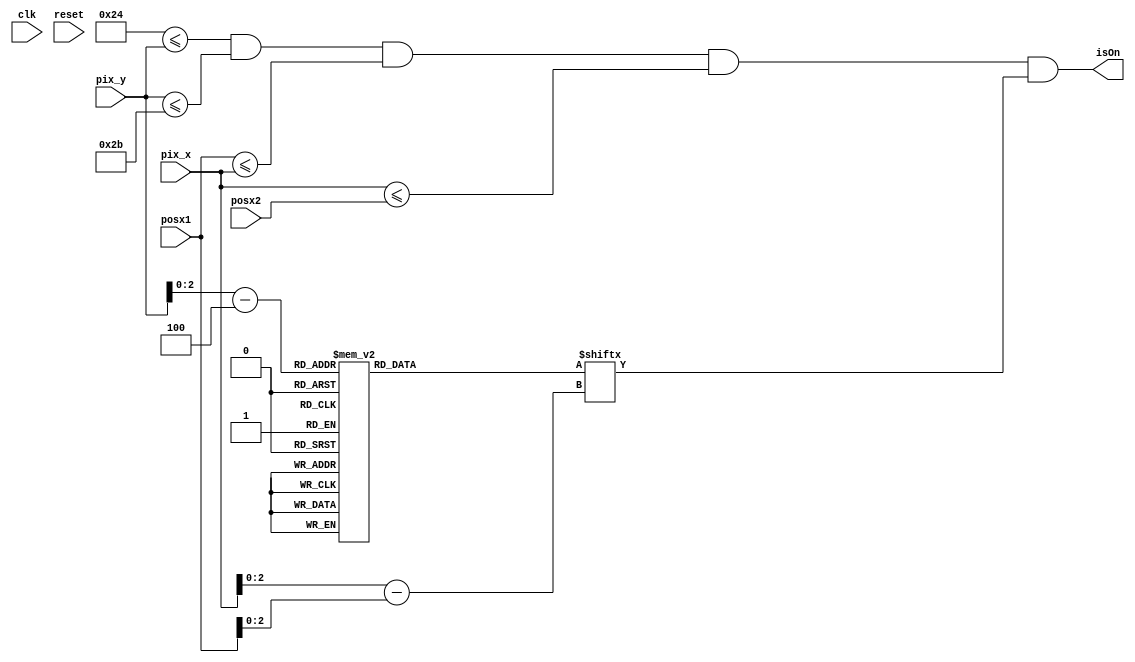
`timescale 1ns / 1ps


module text_scoreboardA(
    input wire clk, reset,
    input wire [9:0] posx1, posx2,
    input wire [9:0] pix_x, pix_y,
    output wire isOn
    );
    
    localparam posy1 = 36;
    localparam posy2 = 43;
    //signal declaration
    wire [2:0] rom_addr1, rom_col1;
    reg [55:0] rom_data1;
    wire rom_bit1;
     
     always @*
     begin
     case (rom_addr1)
            //3'h0: rom_data1 = 56'b00111111_00000011_00111100_11000011_11111111_00111111_00011100_; //   ****
            //3'h1: rom_data1 = 56'b01100011_00000011_01100110_11000011_00000011_01100011_00011110_; //  **  **
            //3'h2: rom_data1 = 56'b11000011_00000011_11000011_01100110_00000011_11000011_00011011_; // **   ***
            //3'h3: rom_data1 = 56'b01100011_00000011_11111111_00111100_11111111_01100011_00011000_; // **  * **
            //3'h4: rom_data1 = 56'b00111111_00000011_11000011_00011000_11111111_00111111_00011000_; // ** *  **
            //3'h5: rom_data1 = 56'b00000011_00000011_11000011_00011000_00000011_01100011_00011000_; // ***   **
            //3'h6: rom_data1 = 56'b00000011_00000011_11000011_00011000_00000011_11000011_00011000_; //  **  **
            //3'h7: rom_data1 = 56'b00000011_11111111_11000011_00011000_11111111_10000011_01111110_; //   ****
            3'h0: rom_data1 = 8'b00111100; //   ****
            3'h1: rom_data1 = 8'b01100110; //  **  **
            3'h2: rom_data1 = 8'b11000011; // **   ***
            3'h3: rom_data1 = 8'b11111111; // **  * **
            3'h4: rom_data1 = 8'b11111111; // ** *  **
            3'h5: rom_data1 = 8'b11000011; // ***   **
            3'h6: rom_data1 = 8'b11000011; //  **  **
            3'h7: rom_data1 = 8'b11000011; //   ****
            
      endcase
     end
            
     //output
      assign rom_addr1 = pix_y[2:0] - posy1[2:0];
      assign rom_bit1 = rom_data1[rom_col1];
      assign rom_col1 = pix_x[2:0] - posx1[2:0];
      assign isOn = (posy1<=pix_y) && (pix_y<=posy2) && (posx1<=pix_x) && (pix_x<=posx2) && rom_bit1;
endmodule